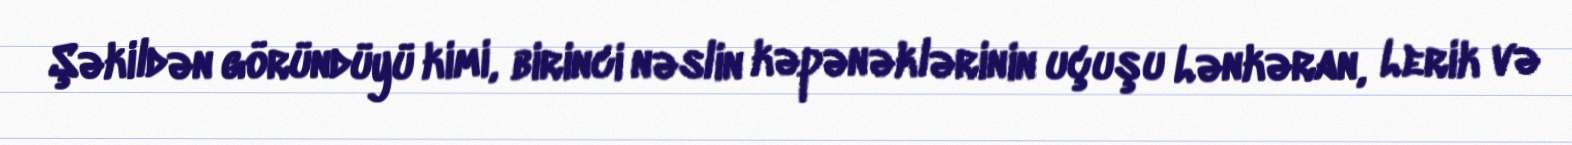
Şəkildən göründüyü kimi, birinci nəslin kəpənəklərinin uçuşu Lənkəran, Lerik və